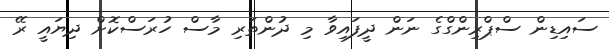
ސައިޑިން ސްޕްރިންގްގެ ނަން ދީފައިވާ މި ދުންތަރި މާސް ހުރަސްކޮށް ދިޔައީ ރޭ